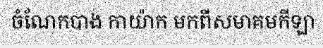
ចំណែកបាង កាយ៉ាក មកពីសមាគមកីឡា